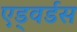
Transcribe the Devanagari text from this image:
एड्वर्डस